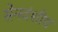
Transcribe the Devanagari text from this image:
सेनवंशीय